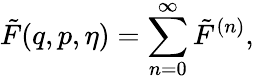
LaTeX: \tilde{F}(q,p,\eta)=\sum_{n=0}^{\infty}\tilde{F}^{(n)},